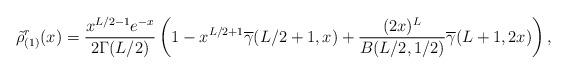
LaTeX: \begin{align*} \tilde\rho_{(1)}^r(x) =\frac{x^{L/2-1}e^{-x}}{2\Gamma(L/2)}\left(1-x^{L/2+1}\overline{\gamma}(L/2+1,x)+\frac{(2x)^L}{B(L/2,1/2)}\overline{\gamma}(L+1,2x)\right),\end{align*}